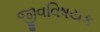
જીવવિષયક